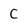
Character: C